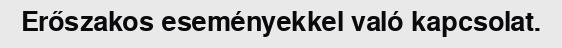
Erőszakos eseményekkel való kapcsolat.